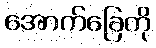
အောက်ခြေကို